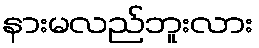
နားမလည်ဘူးလား